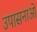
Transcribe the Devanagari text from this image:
उपासनाओ